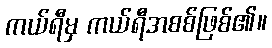
ကယ်ရီမှ ကယ်ရီအစစ်ဖြစ်၏။